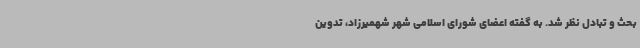
بحث و تبادل نظر شد. به گفته اعضای شورای اسلامی شهر شهمیرزاد، تدوین